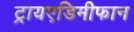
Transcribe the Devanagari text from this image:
ट्रायएडिमीफान